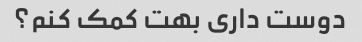
دوست داری بهت کمک کنم؟